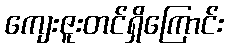
ကျေးဇူးတင်ရှိကြောင်း